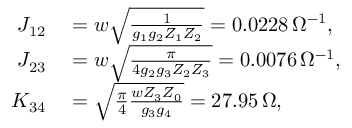
\begin{array} { r l } { J _ { 1 2 } } & { { } = w \sqrt { \frac { 1 } { g _ { 1 } g _ { 2 } Z _ { 1 } Z _ { 2 } } } = 0 . 0 2 2 8 \, \Omega ^ { - 1 } , } \\ { J _ { 2 3 } } & { { } = w \sqrt { \frac { \pi } { 4 g _ { 2 } g _ { 3 } Z _ { 2 } Z _ { 3 } } } = 0 . 0 0 7 6 \, \Omega ^ { - 1 } , } \\ { K _ { 3 4 } } & { { } = \sqrt { \frac { \pi } { 4 } \frac { w Z _ { 3 } Z _ { 0 } } { g _ { 3 } g _ { 4 } } } = 2 7 . 9 5 \, \Omega , } \end{array}